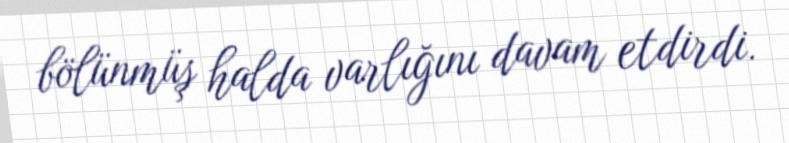
bölünmüş halda varlığını davam etdirdi.